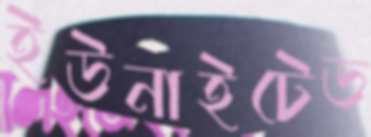
ইউনাইটেড